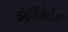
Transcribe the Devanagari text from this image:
इंट्रीग्रेटेड